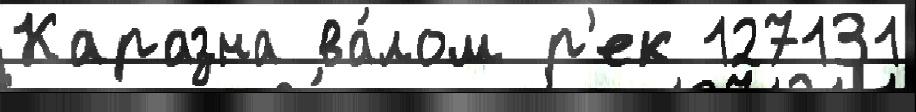
Каразна ва́лом р'ек 127131